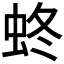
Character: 𧊂